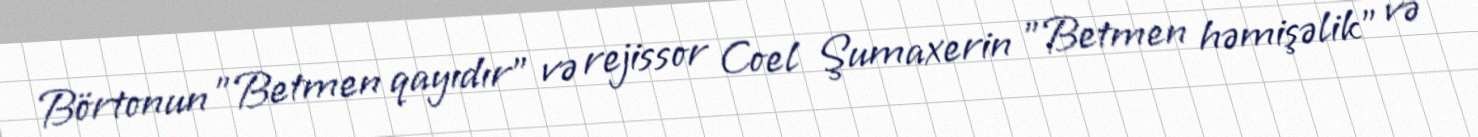
Börtonun "Betmen qayıdır" və rejissor Coel Şumaxerin "Betmen həmişəlik" və